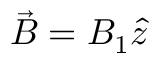
\vec { B } = B _ { 1 } \hat { z }